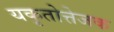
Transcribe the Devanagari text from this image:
यकृतोत्तेजक